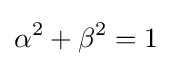
\alpha ^{2}+\beta ^{2}=1